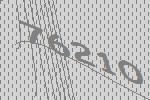
76210